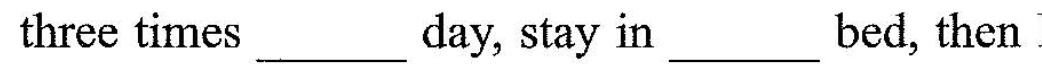
three times___ day, stay in___ bed, then I